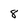
Character: 8